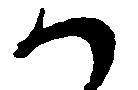
か